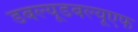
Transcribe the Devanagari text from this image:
डबल्यूडबल्यूएफ